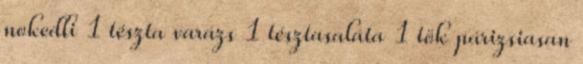
nokedli 1 tészta varázs 1 tésztasaláta 1 tök párizsiasan